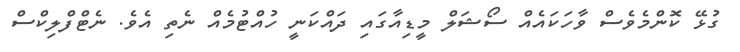
ގުޅޭ ކޮންމެވެސް ވާހަކައެއް ސޯޝަލް މީޑިއާގައި ދައްކަނީ ހުއްޓުމެއް ނެތި އެވެ. ނެޓްފްލިކްސް